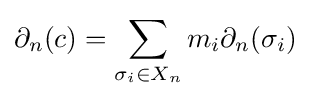
\partial _{n}(c)=\sum _{\sigma _{i}\in X_{n}}m_{i}\partial _{n}(\sigma _{i})